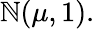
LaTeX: \mathbb{N}(\mu,1).